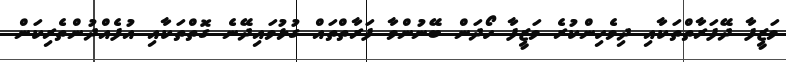
ވަޒީފާ ދޭފަރާތްތަކާއި ދިވެހިންކުރެ ވަޒީފާ ހޯދަން ބޭނުންވާ ފަރާތްތައް ގުޅުވައިދޭނެ ގޮތްތަކާއި އުފެއްދުންތެރިކަން